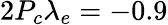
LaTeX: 2P_{c}\lambda_{e}=-0.9